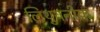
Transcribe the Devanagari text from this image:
लिथुयनीया